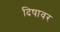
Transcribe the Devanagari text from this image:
दिषावर